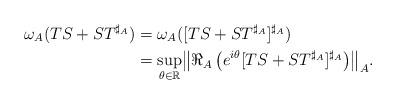
LaTeX: \begin{align*}\omega_A(TS+ ST^{\sharp_A})& = \omega_A([TS+ ST^{\sharp_A}]^{\sharp_A})\\ &=\displaystyle{\sup_{\theta \in \mathbb{R}}}{\left\|\Re_A\left(e^{i\theta}[TS+ ST^{\sharp_A}]^{\sharp_A}\right)\right\|}_A.\end{align*}